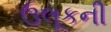
ઉલૂકની